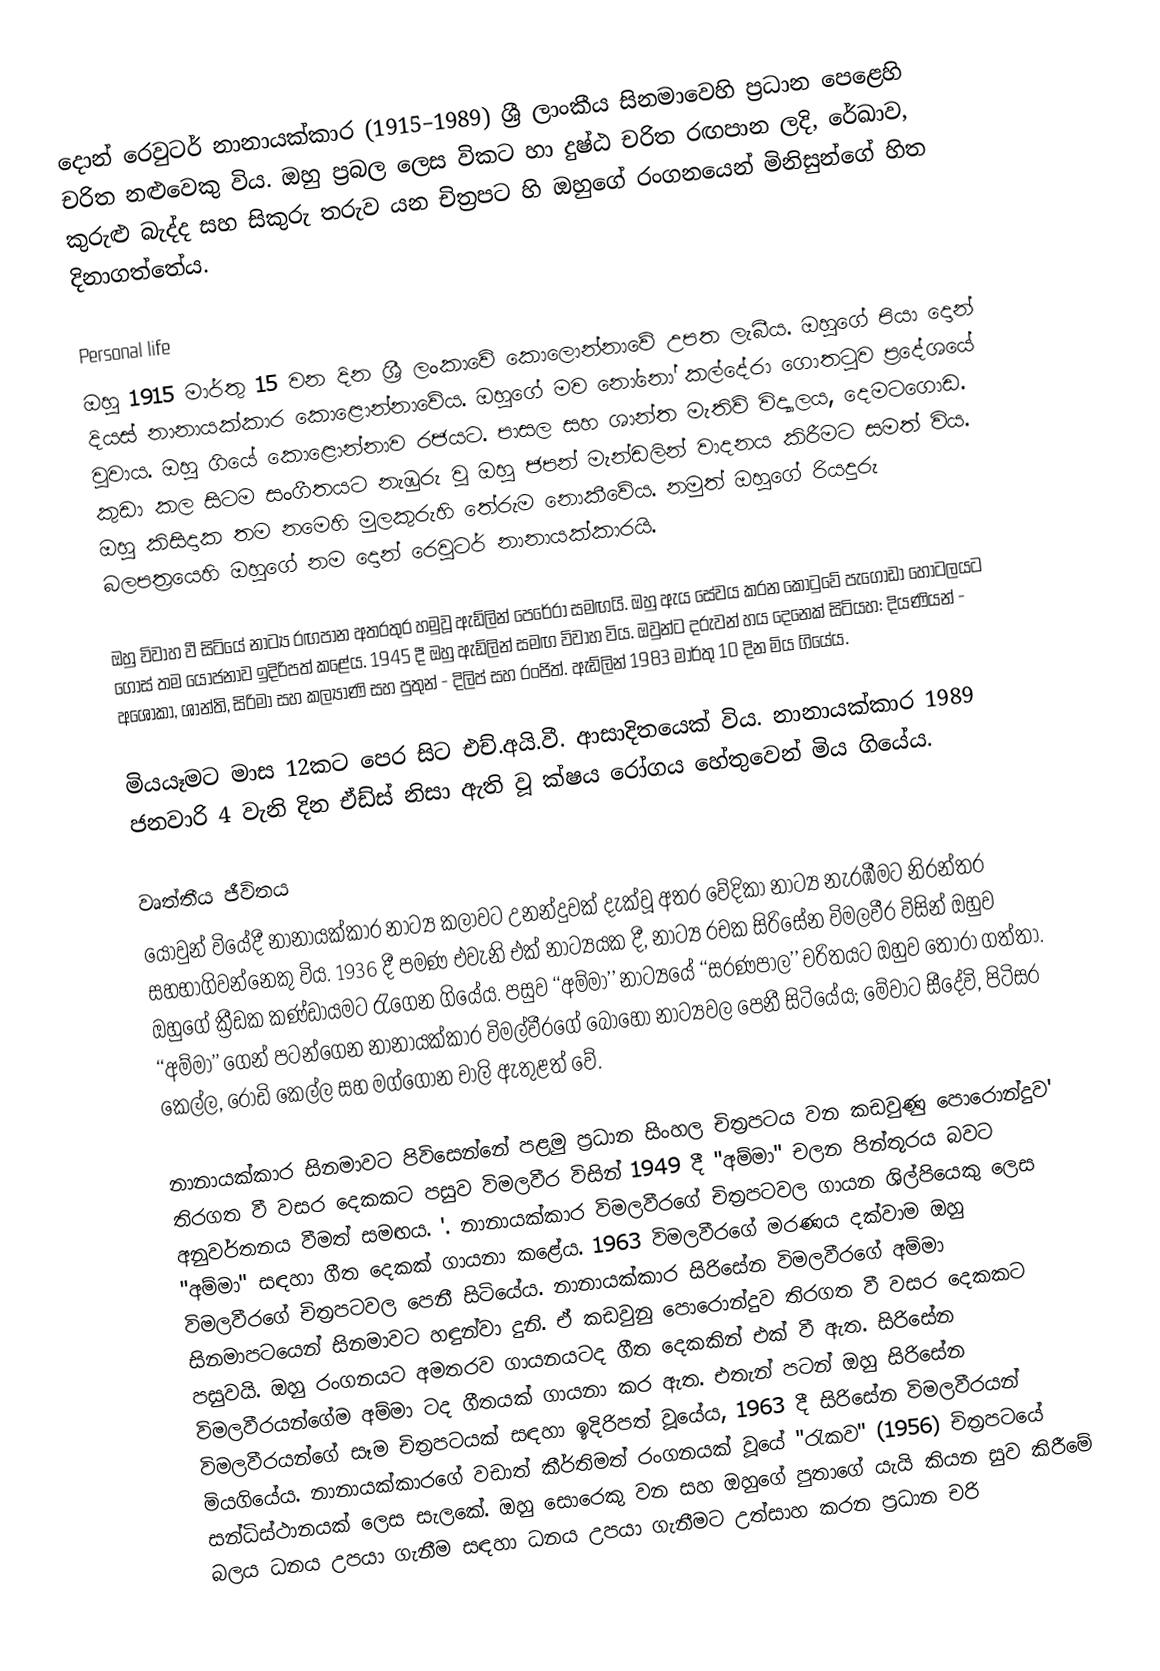
දොන් රෙවුටර් නානායක්කාර (1915–1989) ශ්‍රී ලාංකීය සිනමාවෙහි ප්‍රධාන පෙළෙහි චරිත නළුවෙකු විය. ඔහු ප්‍රබල ලෙස විකට හා දුෂ්ඨ චරිත රඟපාන ලදි, රේඛාව, කුරුළු බැද්ද සහ සිකුරු තරුව යන චිත්‍රපට හි ඔහුගේ රංගනයෙන් මිනිසුන්ගේ හිත දිනාගත්තේය.

Personal life
ඔහු 1915 මාර්තු 15 වන දින ශ්‍රී ලංකාවේ කොලොන්නාවේ උපත ලැබීය. ඔහුගේ පියා දොන් දියස් නානායක්කාර කොළොන්නාවේය. ඔහුගේ මව නෝනෝ කල්දේරා ගොතටුව ප්‍රදේශයේ වූවාය. ඔහු ගියේ කොළොන්නාව රජයට. පාසල සහ ශාන්ත මැතිව් විද්‍යාලය, දෙමටගොඩ. කුඩා කල සිටම සංගීතයට නැඹුරු වූ ඔහු ජපන් මැන්ඩලින් වාදනය කිරීමට සමත් විය. ඔහු කිසිදාක තම නමෙහි මුලකුරුහි තේරුම නොකීවේය. නමුත් ඔහුගේ රියදුරු බලපත්‍රයෙහි ඔහුගේ නම දොන් රෙවුටර් නානායක්කාරයි.

ඔහු විවාහ වී සිටියේ නාට්‍ය රඟපාන අතරතුර හමුවූ ඇඩ්ලින් පෙරේරා සමඟයි. ඔහු ඇය සේවය කරන කොටුවේ පැගෝඩා හෝටලයට ගොස් තම යෝජනාව ඉදිරිපත් කළේය. 1945 දී ඔහු ඇඩ්ලින් සමඟ විවාහ විය. ඔවුන්ට දරුවන් හය දෙනෙක් සිටියහ: දියණියන් - අශෝකා, ශාන්ති, සිරිමා සහ කල්‍යාණි සහ පුතුන් - දිලිප් සහ රංජිත්. ඇඩ්ලින් 1983 මාර්තු 10 දින මිය ගියේය.

මියයෑමට මාස ​​12කට පෙර සිට එච්.අයි.වී. ආසාදිතයෙක් විය. නානායක්කාර 1989 ජනවාරි 4 වැනි දින ඒඩ්ස් නිසා ඇති වූ ක්ෂය රෝගය හේතුවෙන් මිය ගියේය.

වෘත්තීය ජීවිතය
යොවුන් වියේදී නානායක්කාර නාට්‍ය කලාවට උනන්දුවක් දැක්වූ අතර වේදිකා නාට්‍ය නැරඹීමට නිරන්තර සහභාගිවන්නෙකු විය. 1936 දී පමණ එවැනි එක් නාට්‍යයක දී, නාට්‍ය රචක සිරිසේන විමලවීර විසින් ඔහුව ඔහුගේ ක්‍රීඩක කණ්‌ඩායමට රැගෙන ගියේය. පසුව ‘‘අම්මා’’ නාට්‍යයේ ‘‘සරණපාල’’ චරිතයට ඔහුව තෝරා ගත්තා. ‘‘අම්මා’’ ගෙන් පටන්ගෙන නානායක්කාර විමල්වීරගේ බොහෝ නාට්‍යවල පෙනී සිටියේය; මේවාට සීදේවි, පිටිසර කෙල්ල, රොඩි කෙල්ල සහ මග්ගොන චාලි ඇතුළත් වේ.

නානායක්කාර සිනමාවට පිවිසෙන්නේ පළමු ප්‍රධාන සිංහල චිත්‍රපටය වන කඩවුණු පොරොන්දුව' තිරගත වී වසර දෙකකට පසුව විමලවීර විසින් 1949 දී "අම්මා" චලන පින්තූරය බවට අනුවර්තනය වීමත් සමඟය. '. නානායක්කාර විමලවීරගේ චිත්‍රපටවල ගායන ශිල්පියෙකු ලෙස "අම්මා" සඳහා ගීත දෙකක් ගායනා කළේය. 1963 විමලවීරගේ මරණය දක්වාම ඔහු විමලවීරගේ චිත්‍රපටවල පෙනී සිටියේය. නානායක්කාර සිරිසේන විමලවීරගේ අම්මා සිනමාපටයෙන් සිනමාවට හඳුන්වා දුනි. ඒ කඩවුනු පොරොන්දුව තිරගත වී වසර දෙකකට පසුවයි. ඔහු රංගනයට අමතරව ගායනයටද ගීත දෙකකින් එක් වී ඇත. සිරිසේන විමලවීරයන්ගේම  අම්මා ටද ගීතයක් ගායනා කර ඇත. එතැන් පටන් ඔහු සිරිසේන විමලවීරයන්ගේ සෑම චිත්‍රපටයක් සඳහා ඉදිරිපත් වූයේය, 1963 දී සිරිසේන විමලවීරයන් මියගියේය.  නානායක්කාරගේ වඩාත් කීර්තිමත් රංගනයක් වූයේ "රැකව" (1956) චිත්‍රපටයේ සන්ධිස්ථානයක් ලෙස සැලකේ. ඔහු සොරෙකු වන සහ ඔහුගේ පුතාගේ යැයි කියන සුව කිරීමේ බලය ධනය උපයා ගැනීම සඳහා ධනය උපයා ගැනීමට උත්සාහ කරන ප්‍රධාන චරි